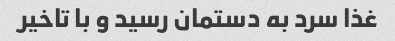
غذا سرد به دستمان رسید و با تاخیر